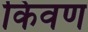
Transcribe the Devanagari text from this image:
किवण